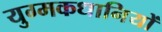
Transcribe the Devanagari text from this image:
युग्मकधानियों